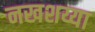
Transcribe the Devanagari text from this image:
नखशय्या